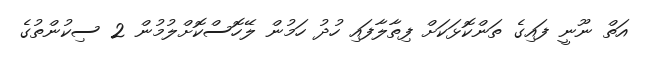
އަތް ނޫނީ ފައިގެ ތަންކޮޅަކަށް ފިތާލާފައި ހުދު ހަމުން ލޭހޮސްކޮށްލުމުން 2 ސިކުންތުގެ